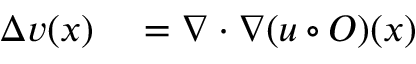
\begin{array} { r l } { \Delta v ( x ) } & { { } = \nabla \cdot \nabla ( u \circ O ) ( x ) } \end{array}